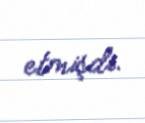
etmişdi.